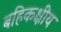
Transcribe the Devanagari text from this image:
बहिकक्षीय